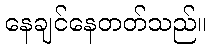
နေချင်နေတတ်သည်။